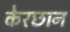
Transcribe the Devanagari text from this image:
केरछान